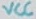
Text: VCC